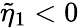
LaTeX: \tilde{\eta}_{1}<0